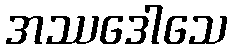
အဿဒေါသေ